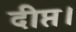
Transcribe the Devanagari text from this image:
दीप्त।